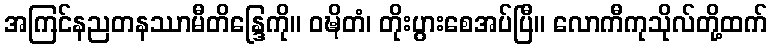
အကြင်နညတနဿာမီတိန္ဒြေကို။ ဝဍ္ဎိတံ၊ တိုးပွားစေအပ်ပြီ။ လောကီကုသိုလ်တို့ထက်